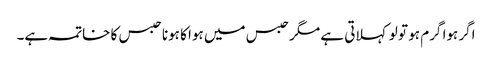
اگر ہوا گرم ہو تو لو کہلاتی ہے مگر حبس میں ہوا کا ہونا حبس کا خاتمہ ہے۔